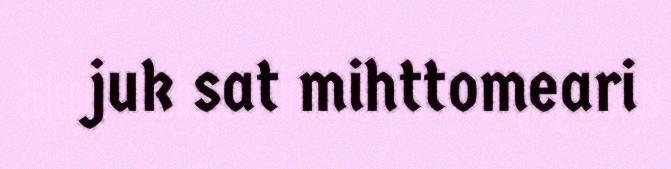
juk sat mihttomeari